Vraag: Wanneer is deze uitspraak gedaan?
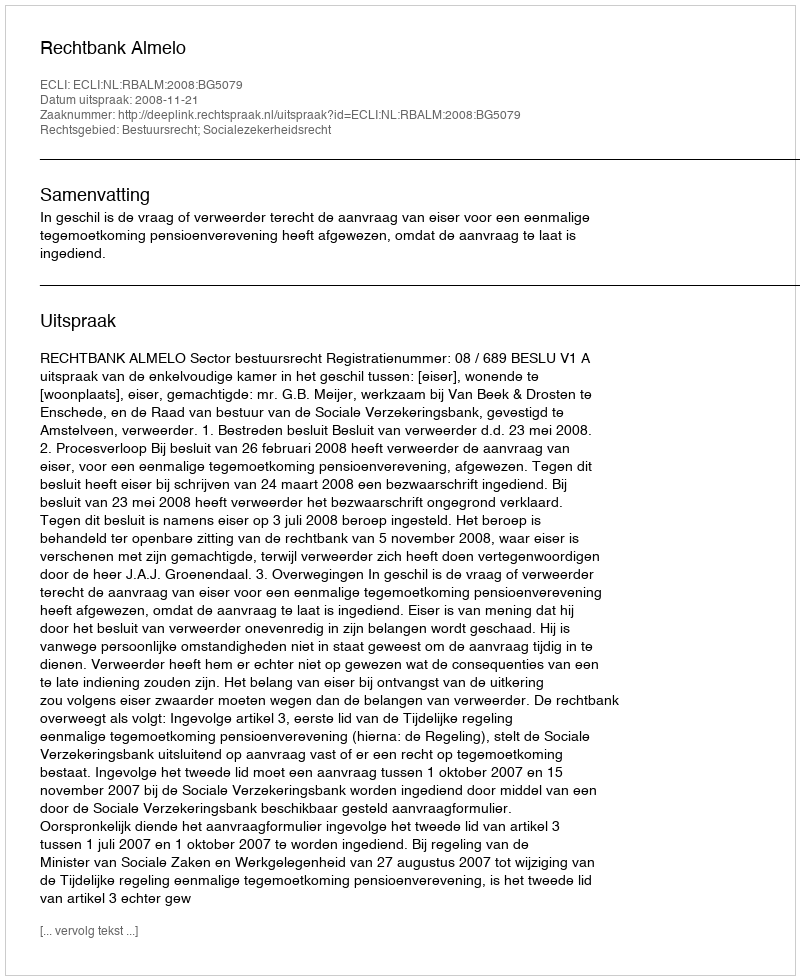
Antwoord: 2008-11-21